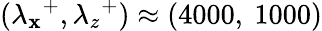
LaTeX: ({\lambda_{\mathbf{x}}}^{+},{\lambda_{z}}^{+})\approx(4000,~1000)